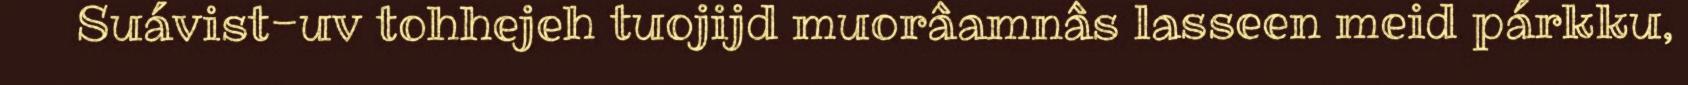
Suávist-uv tohhejeh tuojijd muorâamnâs lasseen meid párkku,